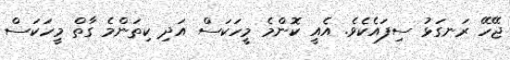
ޖޭހޭ ރަނގަޅު ސިފައެކެވެ. އެއީ ކޮންމެ މީހަކަސް އަދި ކިތަންމެ ގާތް މީހަކަސް